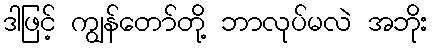
ဒါဖြင့် ကျွန်တော်တို့ ဘာလုပ်မလဲ အဘိုး